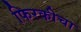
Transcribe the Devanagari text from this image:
फिरकीचा